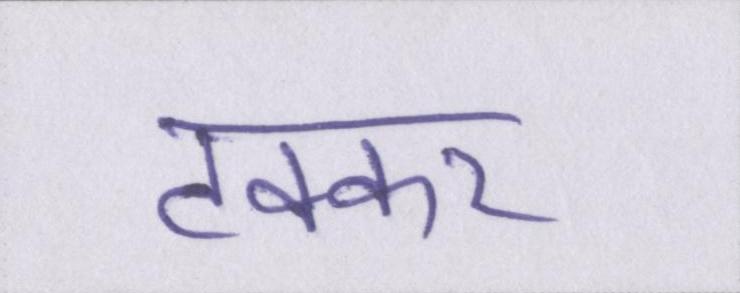
टक्कर